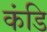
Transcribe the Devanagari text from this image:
कंडि